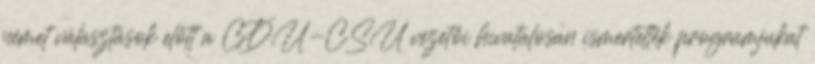
német választások előtt a CDU-CSU vezetői hivatalosan ismertették programjukat